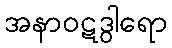
အနာဝဋဒွါရော